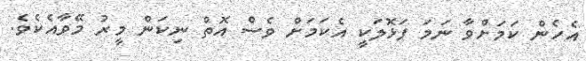
އެހެން ކަމަށްވާ ނަމަ ފަޅޮލަކީ އެކަމަށް ވެސް އޮތް ނިކަން މީރު މޭވާއެކެވެ.